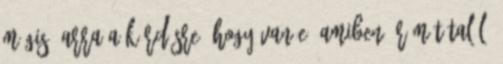
mégis, arra a kérdésre, hogy van-e, amiben örömöt talál,